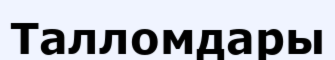
Талломдары